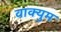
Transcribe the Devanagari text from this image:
वाक्युम